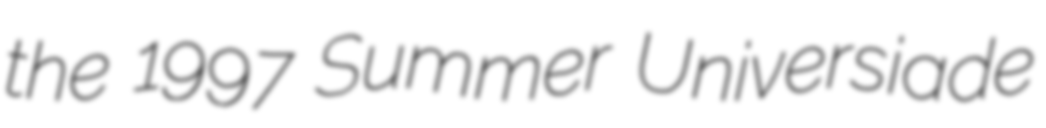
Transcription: the 1997 Summer Universiade